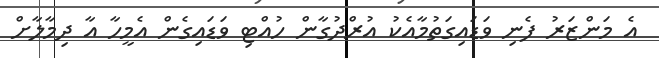
އެ މަންޒަރު ފެނި ވަޑައިގަތުމާއެކު އުރްދުގާން ހުއްޓި ވަޑައިގެން އެމީހާ އާ ދިމާލާށް